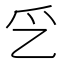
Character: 㐍